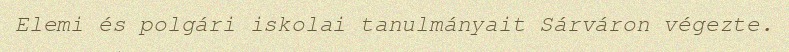
Elemi és polgári iskolai tanulmányait Sárváron végezte.